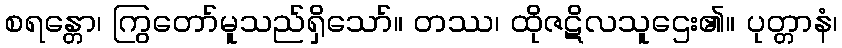
စရန္တော၊ ကြွတော်မူသည်ရှိသော်။ တဿ၊ ထိုဇဋိလသူဌေး၏။ ပုတ္တာနံ၊